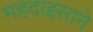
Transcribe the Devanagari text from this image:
महदाइसाने